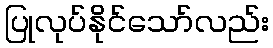
ပြုလုပ်နိုင်သော်လည်း